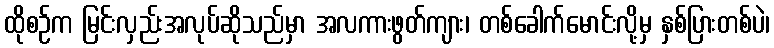
ထိုစဉ်က မြင်းလှည်းအလုပ်ဆိုသည်မှာ အလကားဖွတ်ကျား၊ တစ်ခေါက်မောင်းလို့မှ နှစ်ပြားတစ်ပဲ၊